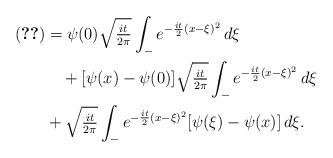
LaTeX: \begin{align*}\eqref{va3} & = \psi(0)\sqrt{\tfrac{it}{2\pi}}\int_- e^{-\frac{it}{2}(x-\xi)^2}\,d\xi \\& \quad+ [\psi(x)-\psi(0)]\sqrt{\tfrac{it}{2\pi}}\int_- e^{-\frac{it}{2}(x-\xi)^2}\,d\xi \\& + \sqrt{\tfrac{it}{2\pi}}\int_- e^{-\frac{it}{2}(x-\xi)^2}[\psi(\xi)-\psi(x)]\,d\xi. \end{align*}